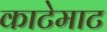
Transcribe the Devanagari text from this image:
काटेमाट